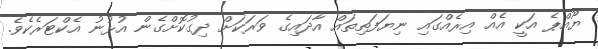
ޔޫއްޕެ އަކީ އެއް އިރެއްގައި ނިޔަފަތިތައް އާދައިގެ ވަރަކަށް ދިގުކޮށްގެން އުޅުނު އެކްޓަރެކެވެ.